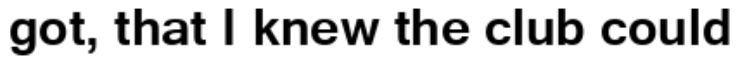
got, that I knew the club could